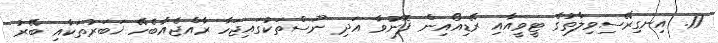
11. އިނގިރޭސިވިލާތުގެ ޓީވީއާއި ރޭޑިއޯއިން ފޮނުވާ އަދި ނޫސްތަކުގައިޖަހާ ރާއްޖެއާބެހޭ ޚަބަރުތަކާއި ބޭރު